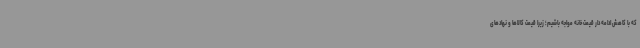
که با کاهش ادامه دار قیمت خانه مواجه باشیم؛ زیرا قیمت کالاها و نهادهای